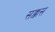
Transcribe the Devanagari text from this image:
सक्कस